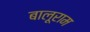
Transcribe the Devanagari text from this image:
बालूराम